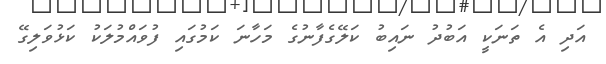
އަދި އެ ތަނަކީ އަބުދު ނައިބު ކަލޭގެފާނުގެ މަހާނަ ކަމުގައި ފުވައްމުލަކު ކަޅުވަލިގޭ